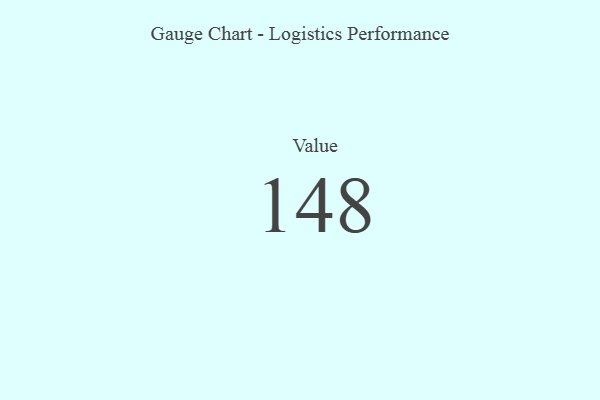
{"axis": {"x": "Metric", "y": "Value"}, "legend": [""], "data": [{"x": "Value", "y": 148, "type": ""}]}